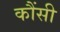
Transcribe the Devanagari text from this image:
कौंसी